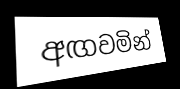
අඟවමින්